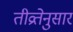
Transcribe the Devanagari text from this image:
तीव्रतेनुसार